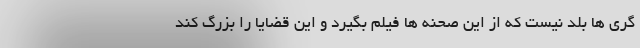
گری ها بلد نیست که از این صحنه ها فیلم بگیرد و این قضایا را بزرگ کند